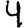
Digit: 4